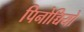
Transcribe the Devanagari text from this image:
पिनोच्चियो